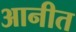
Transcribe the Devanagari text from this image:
आनीत